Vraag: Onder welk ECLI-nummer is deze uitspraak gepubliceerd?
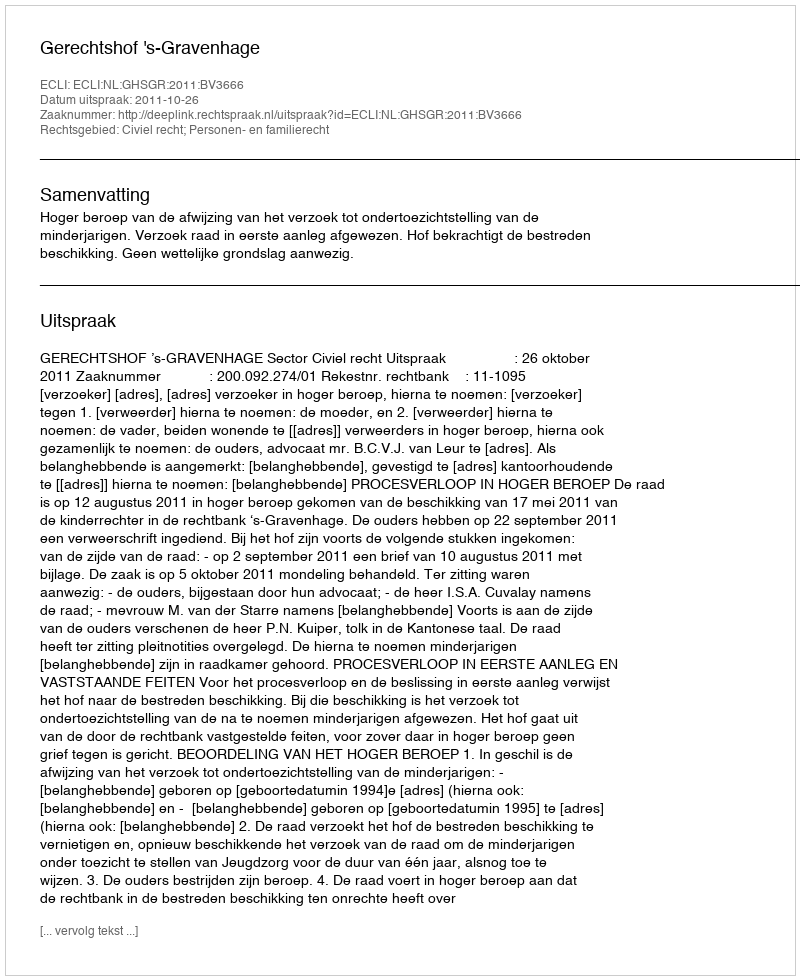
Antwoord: ECLI:NL:GHSGR:2011:BV3666